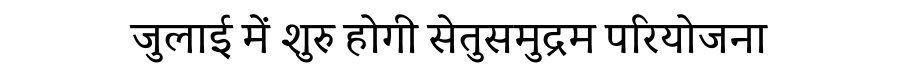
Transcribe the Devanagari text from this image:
जुलाई में शुरु होगी सेतुसमुद्रम परियोजना